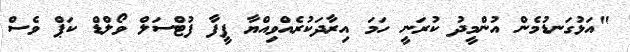
"އަޅުގަނޑުމެން އުންމީދު ކުރަނީ ހަމަ އިރާދަކުރެއްވިއްޔާ ފީފާ ފުޓްސަލް ވޯލްޑް ކަޕް ވެސް